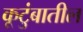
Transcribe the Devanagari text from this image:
कूटुंबातील